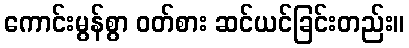
ကောင်းမွန်စွာ ဝတ်စား ဆင်ယင်ခြင်းတည်း။